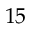
1 5